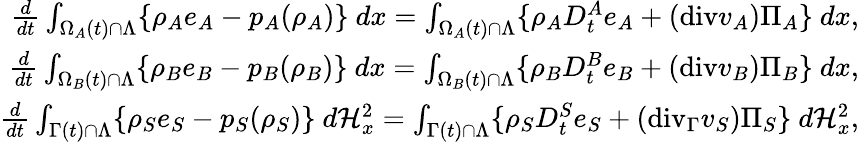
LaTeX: \begin{array}{r}{\frac{d}{dt}\int_{\Omega_{A}(t)\cap\Lambda}\{ \rho_{A}e_{A}-p_{A}(\rho_{A})\} {\ }dx=\int_{\Omega_{A}(t)\cap\Lambda}\{ \rho_{A}D_{t}^{A}e_{A}+(\mathrm{{div}}v_{A})\Pi_{A}\} {\ }dx,}\\ {\frac{d}{dt}\int_{\Omega_{B}(t)\cap\Lambda}\{ \rho_{B}e_{B}-p_{B}(\rho_{B})\} {\ }dx=\int_{\Omega_{B}(t)\cap\Lambda}\{ \rho_{B}D_{t}^{B}e_{B}+({\mathrm{div}}v_{B})\Pi_{B}\} {\ }dx,}\\ {\frac{d}{dt}\int_{\Gamma(t)\cap\Lambda}\{ \rho_{S}e_{S}-p_{S}(\rho_{S})\} {\ }d\mathcal{H}_{x}^{2}=\int_{\Gamma(t)\cap\Lambda}\{ \rho_{S}D_{t}^{S}e_{S}+(\mathrm{{div}}_{\Gamma}v_{S})\Pi_{S}\} {\ }d\mathcal{H}_{x}^{2},}\end{array}